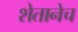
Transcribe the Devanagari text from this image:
शेतानेच